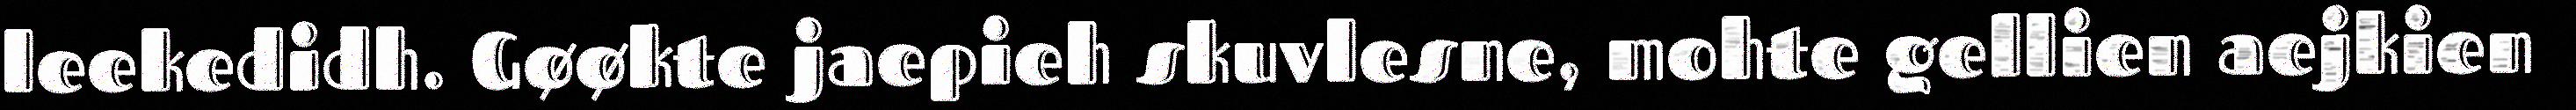
leekedidh. Gøøkte jaepieh skuvlesne, mohte gellien aejkien